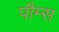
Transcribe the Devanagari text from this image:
पौम्स